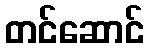
တင်ဆောင်